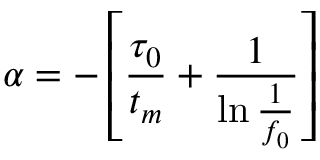
\alpha = - \left[ \frac { \tau _ { 0 } } { t _ { m } } + \frac { 1 } { \ln { \frac { 1 } { f _ { 0 } } } } \right]